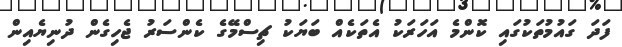
ފަދަ ގައުމުތަކުގައި ކޮންމެ އަހަރަކު އެތަކެއް ބަޔަކު ޗިސްމޭގެ ކެންސަރު ޖެހިގެން ދުނިޔެއިން